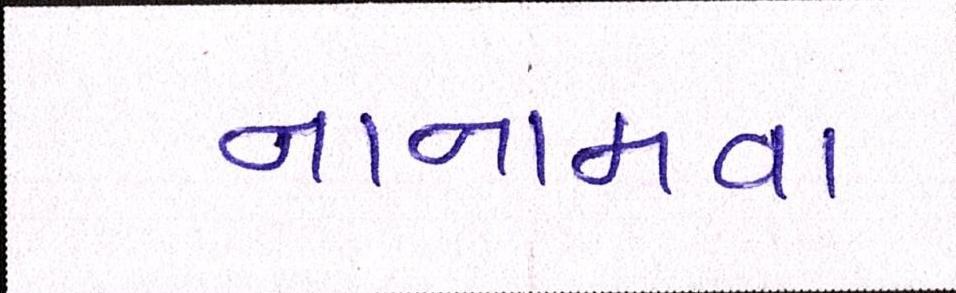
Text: નાનામવા